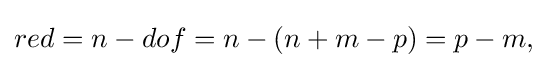
{\begin{aligned}red=n-dof=n-(n+m-p)=p-m,\end{aligned}}